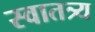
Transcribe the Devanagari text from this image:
स्वातत्र्य